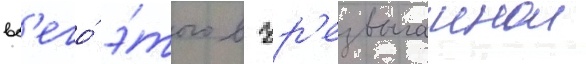
вс'его́ э́того в чр'езвычаинои